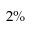
2 \%